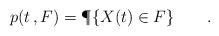
LaTeX: \begin{align*}p(t\,,F) = \P\{X(t)\in F\}\qquad.\end{align*}